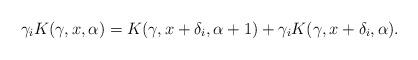
LaTeX: \begin{align*}\gamma_i K(\gamma, x, \alpha) = K(\gamma, x + \delta_i, \alpha+1) + \gamma_i K (\gamma, x + \delta_i, \alpha).\end{align*}